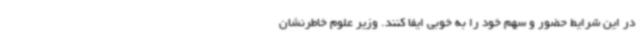
در این شرایط حضور و سهم خود را به خوبی ایفا کنند. وزیر علوم خاطرنشان